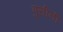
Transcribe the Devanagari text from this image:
पुसीनी